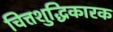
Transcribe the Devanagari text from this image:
चित्तशुद्धिकारक